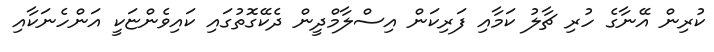
ކުރިން އޭނާގެ ހުރި ޗާލު ކަމާއި ފަރިކަން އިސްލާމްދީން ދެކޭގޮތުގައި ކައިވެންޏަކީ އަންހެނަކާއި